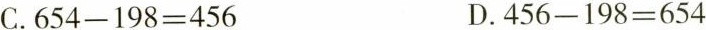
C.$$6 5 4 - 1 9 8 = 4 5 6$$ D.$$4 5 6 - 1 9 8 = 6 5 4$$